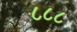
૮૮૮